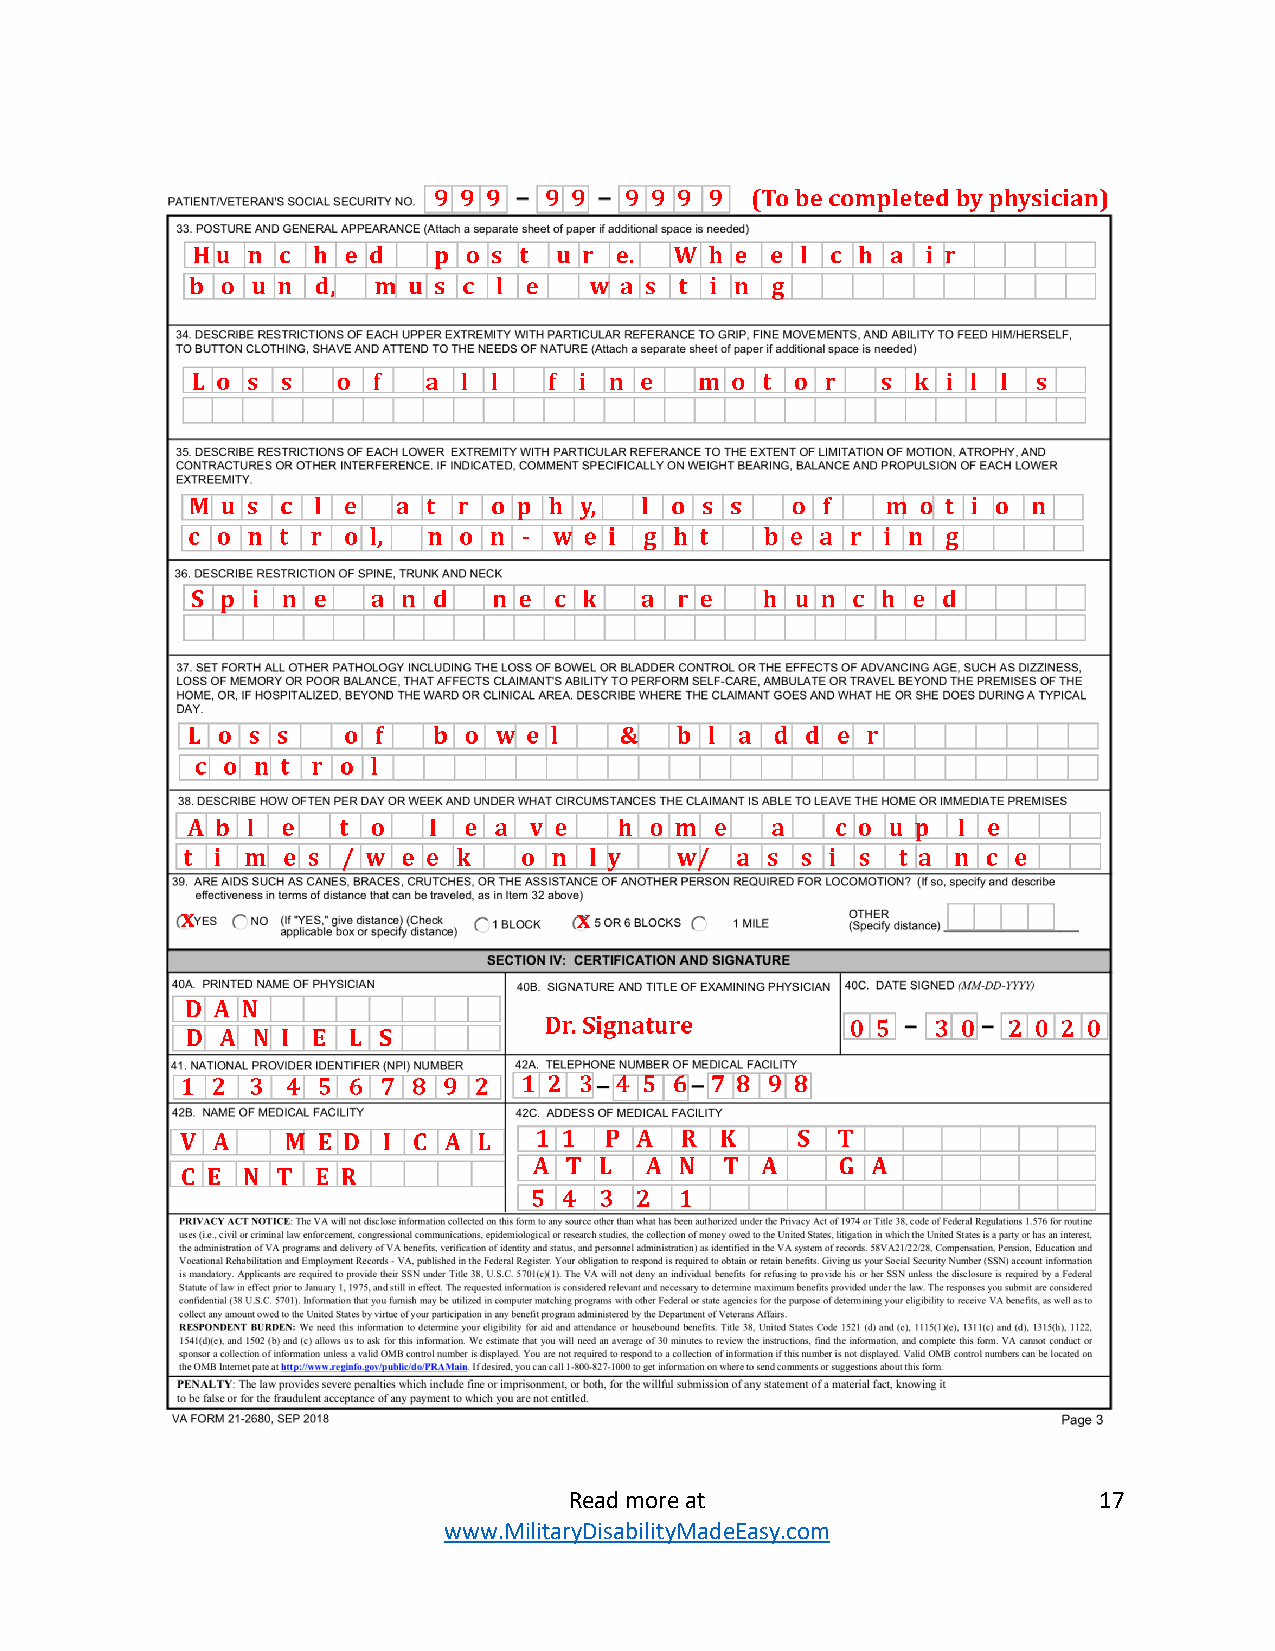
Read more at                       17
 www.MilitaryDisabilityMadeEasy.com